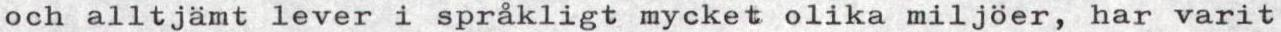
och alltjämt lever i språkligt mycket olika miljöer, har varit